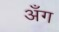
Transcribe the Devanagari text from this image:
अँग